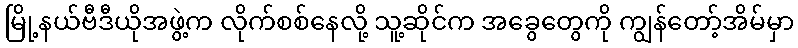
မြို့နယ်ဗီဒီယိုအဖွဲ့က လိုက်စစ်နေလို့ သူ့ဆိုင်က အခွေတွေကို ကျွန်တော့်အိမ်မှာ